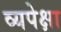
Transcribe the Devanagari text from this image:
व्यपेक्षा